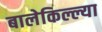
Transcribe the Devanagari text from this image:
बालेकिल्ल्या